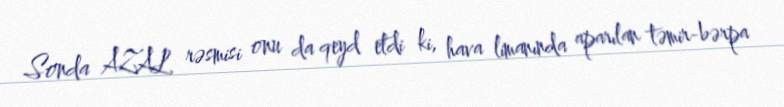
Sonda AZAL rəsmisi onu da qeyd etdi ki, hava limanında aparılan təmir-bərpa